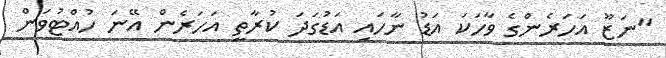
"ނަޒޫ އަހަރެންގެ ވާހަކަ އަޑު ނާހައި އަޑުގަދަ ކުރާތީ އަހަރެން އޭނަ ހުއްޓުވަން